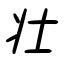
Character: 壮